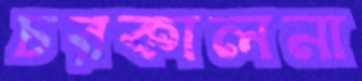
চরকালনা